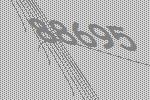
88695